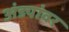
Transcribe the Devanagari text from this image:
अंड्यांवर